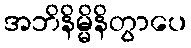
အဘိနိမ္မိနိတွာပေ